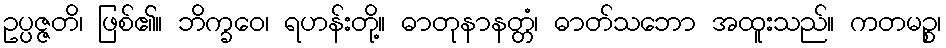
ဥပ္ပဇ္ဇတိ၊ ဖြစ်၏။ ဘိက္ခဝေ၊ ရဟန်းတို့။ ဓာတုနာနတ္တံ၊ ဓာတ်သဘော အထူးသည်။ ကတမဉ္စ၊